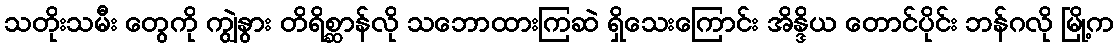
သတိုးသမီး တွေကို ကျွဲနွား တိရိစ္ဆာန်လို သဘောထားကြဆဲ ရှိသေးကြောင်း အိန္ဒိယ တောင်ပိုင်း ဘန်ဂလို မြို့က